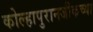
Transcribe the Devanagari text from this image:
कोल्हापुरानजीकच्या